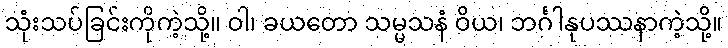
သုံးသပ်ခြင်းကိုကဲ့သို့။ ဝါ၊ ခယတော သမ္မသနံ ဝိယ၊ ဘင်္ဂါနုပဿနာကဲ့သို့။